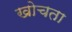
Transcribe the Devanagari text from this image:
खोचता